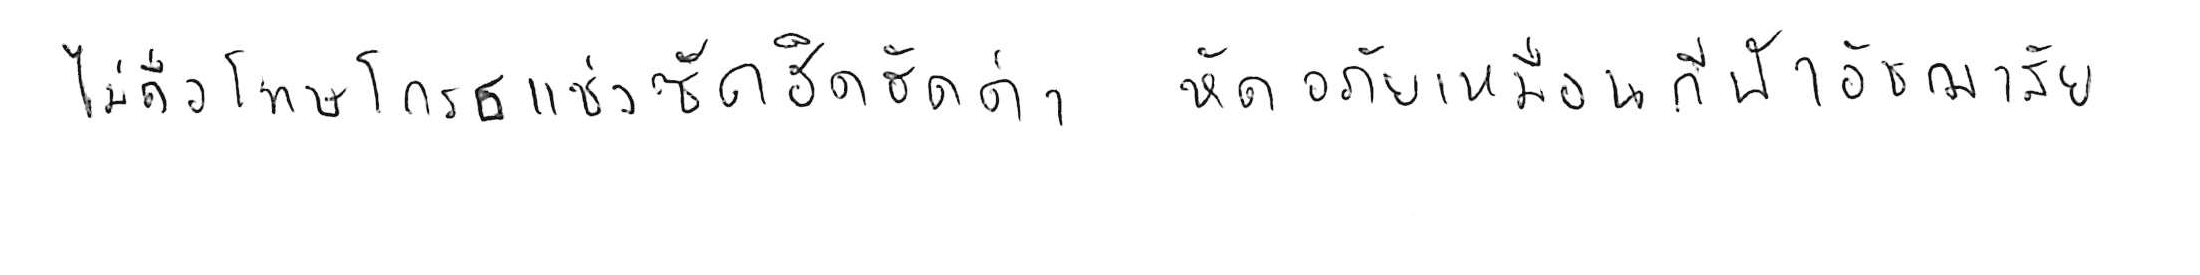
ไม่ถือโทษโกรธแช่งซัดฮึดฮัดด่า หัดอภัยเหมือนกีฬาอัชฌาสัย